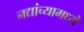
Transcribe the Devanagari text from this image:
नद्यांच्यामध्ये